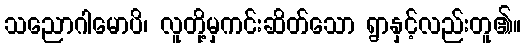
သညောဂါမောပိ၊ လူတို့မှကင်းဆိတ်သော ရွာနှင့်လည်းတူ၏။